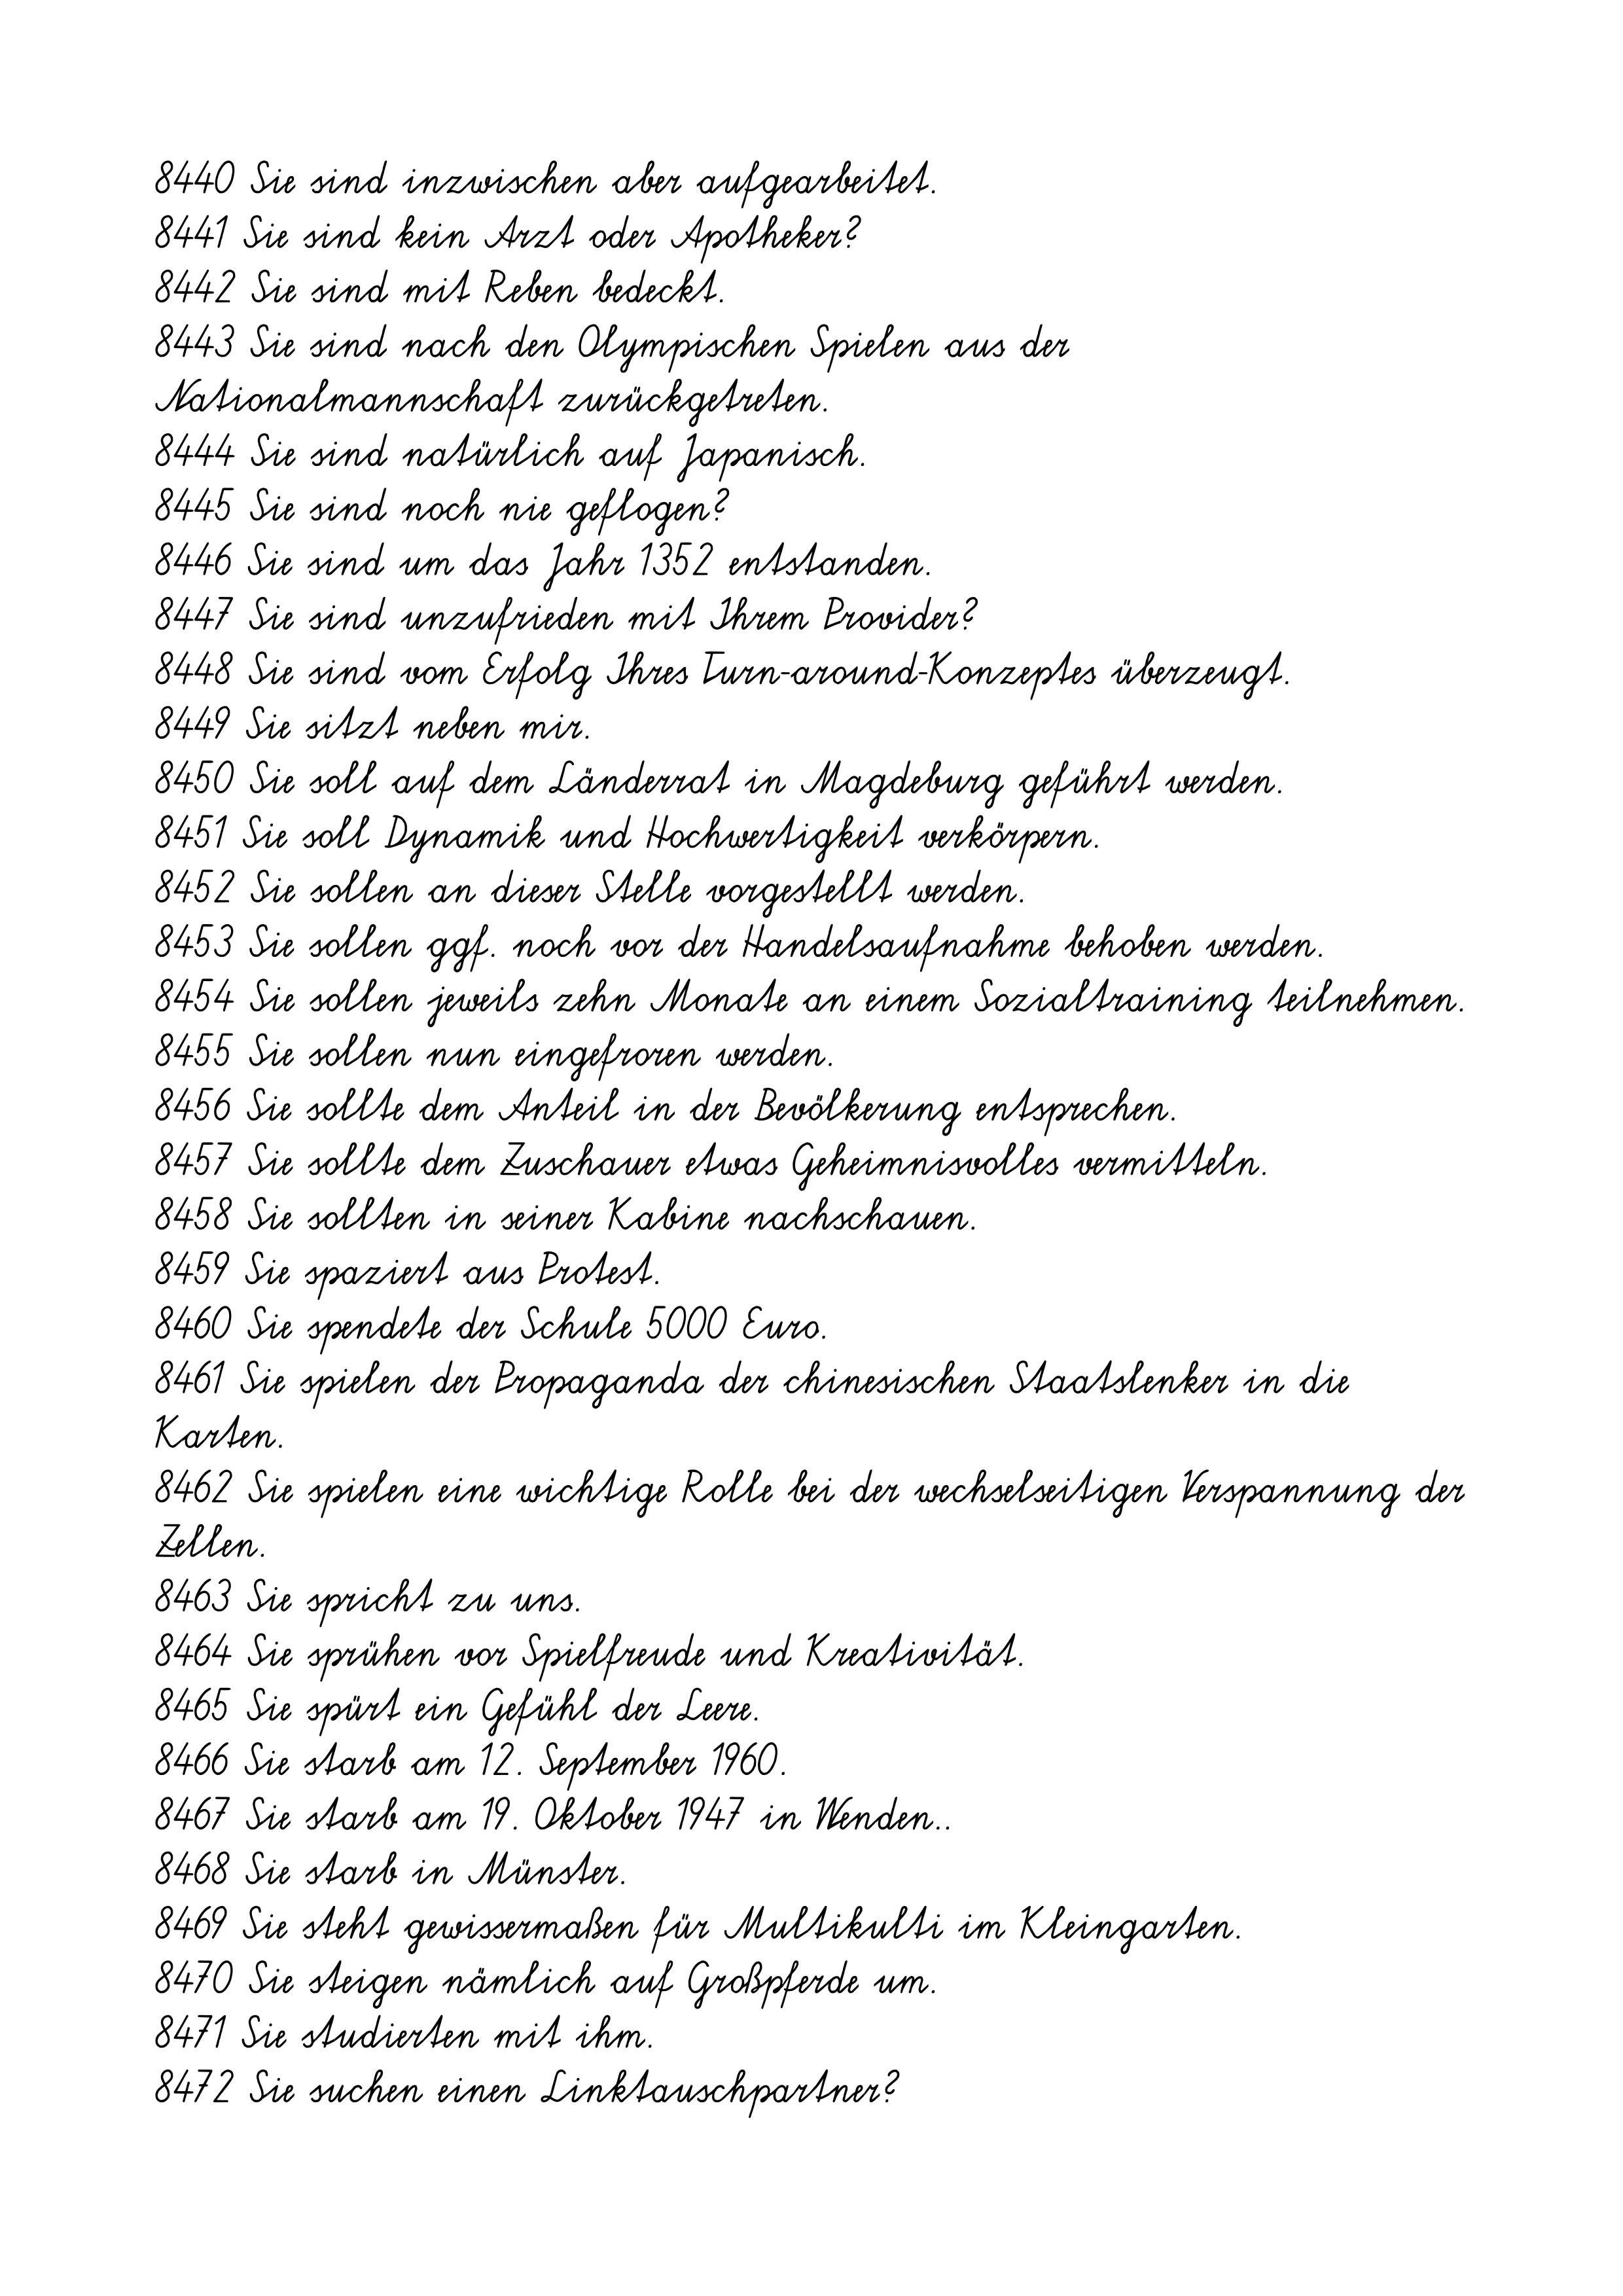
8440 Sie sind inzwischen aber aufgearbeitet.
8441 Sie sind kein Arzt oder Apotheker?
8442 Sie sind mit Reben bedeckt.
8443 Sie sind nach den Olympischen Spielen aus der
Nationalmannschaft zurückgetreten.
8444 Sie sind natürlich auf Japanisch.
8445 Sie sind noch nie geflogen?
8446 Sie sind um das Jahr 1352 entstanden.
8447 Sie sind unzufrieden mit Ihrem Provider?
8448 Sie sind vom Erfolg Ihres Turn-around-Konzeptes überzeugt.
8449 Sie sitzt neben mir.
8450 Sie soll auf dem Länderrat in Magdeburg geführt werden.
8451 Sie soll Dynamik und Hochwertigkeit verkörpern.
8452 Sie sollen an dieser Stelle vorgestellt werden.
8453 Sie sollen ggf. noch vor der Handelsaufnahme behoben werden.
8454 Sie sollen jeweils zehn Monate an einem Sozialtraining teilnehmen.
8455 Sie sollen nun eingefroren werden.
8456 Sie sollte dem Anteil in der Bevölkerung entsprechen.
8457 Sie sollte dem Zuschauer etwas Geheimnisvolles vermitteln.
8458 Sie sollten in seiner Kabine nachschauen.
8459 Sie spaziert aus Protest.
8460 Sie spendete der Schule 5000 Euro.
8461 Sie spielen der Propaganda der chinesischen Staatslenker in die
Karten.
8462 Sie spielen eine wichtige Rolle bei der wechselseitigen Verspannung der
Zellen.
8463 Sie spricht zu uns.
8464 Sie sprühen vor Spielfreude und Kreativität.
8465 Sie spürt ein Gefühl der Leere.
8466 Sie starb am 12. September 1960.
8467 Sie starb am 19. Oktober 1947 in Wenden..
8468 Sie starb in Münster.
8469 Sie steht gewissermaßen für Multikulti im Kleingarten.
8470 Sie steigen nämlich auf Großpferde um.
8471 Sie studierten mit ihm.
8472 Sie suchen einen Linktauschpartner?